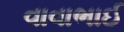
વાવાભાઈ